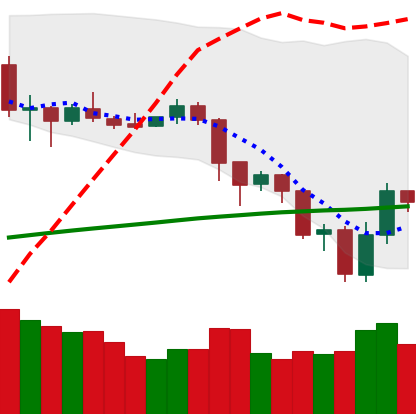
Ticker: LTC-USD
Chart end date: 2019-07-19
Forward return: -4.159%
Label: down_3_5